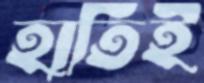
হাতিই